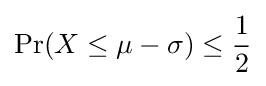
\Pr(X\leq \mu -\sigma )\leq {\frac {1}{2}}